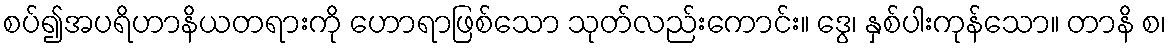
စပ်၍အပရိဟာနိယတရားကို ဟောရာဖြစ်သော သုတ်လည်းကောင်း။ ဒွေ၊ နှစ်ပါးကုန်သော။ တာနိ စ၊